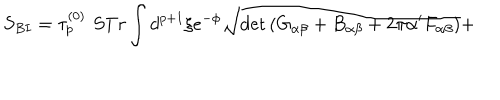
LaTeX: S _ { B I } = \tau _ { p } ^ { ( 0 ) } \, \, S T r \int d ^ { p + 1 } \xi e ^ { - \phi } \sqrt { \det \left( G _ { \alpha \beta } + B _ { \alpha \beta } + 2 \pi \alpha ^ { \prime } F _ { \alpha \beta } \right) } +